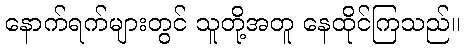
နောက်ရက်များတွင် သူတို့အတူ နေထိုင်ကြသည်။